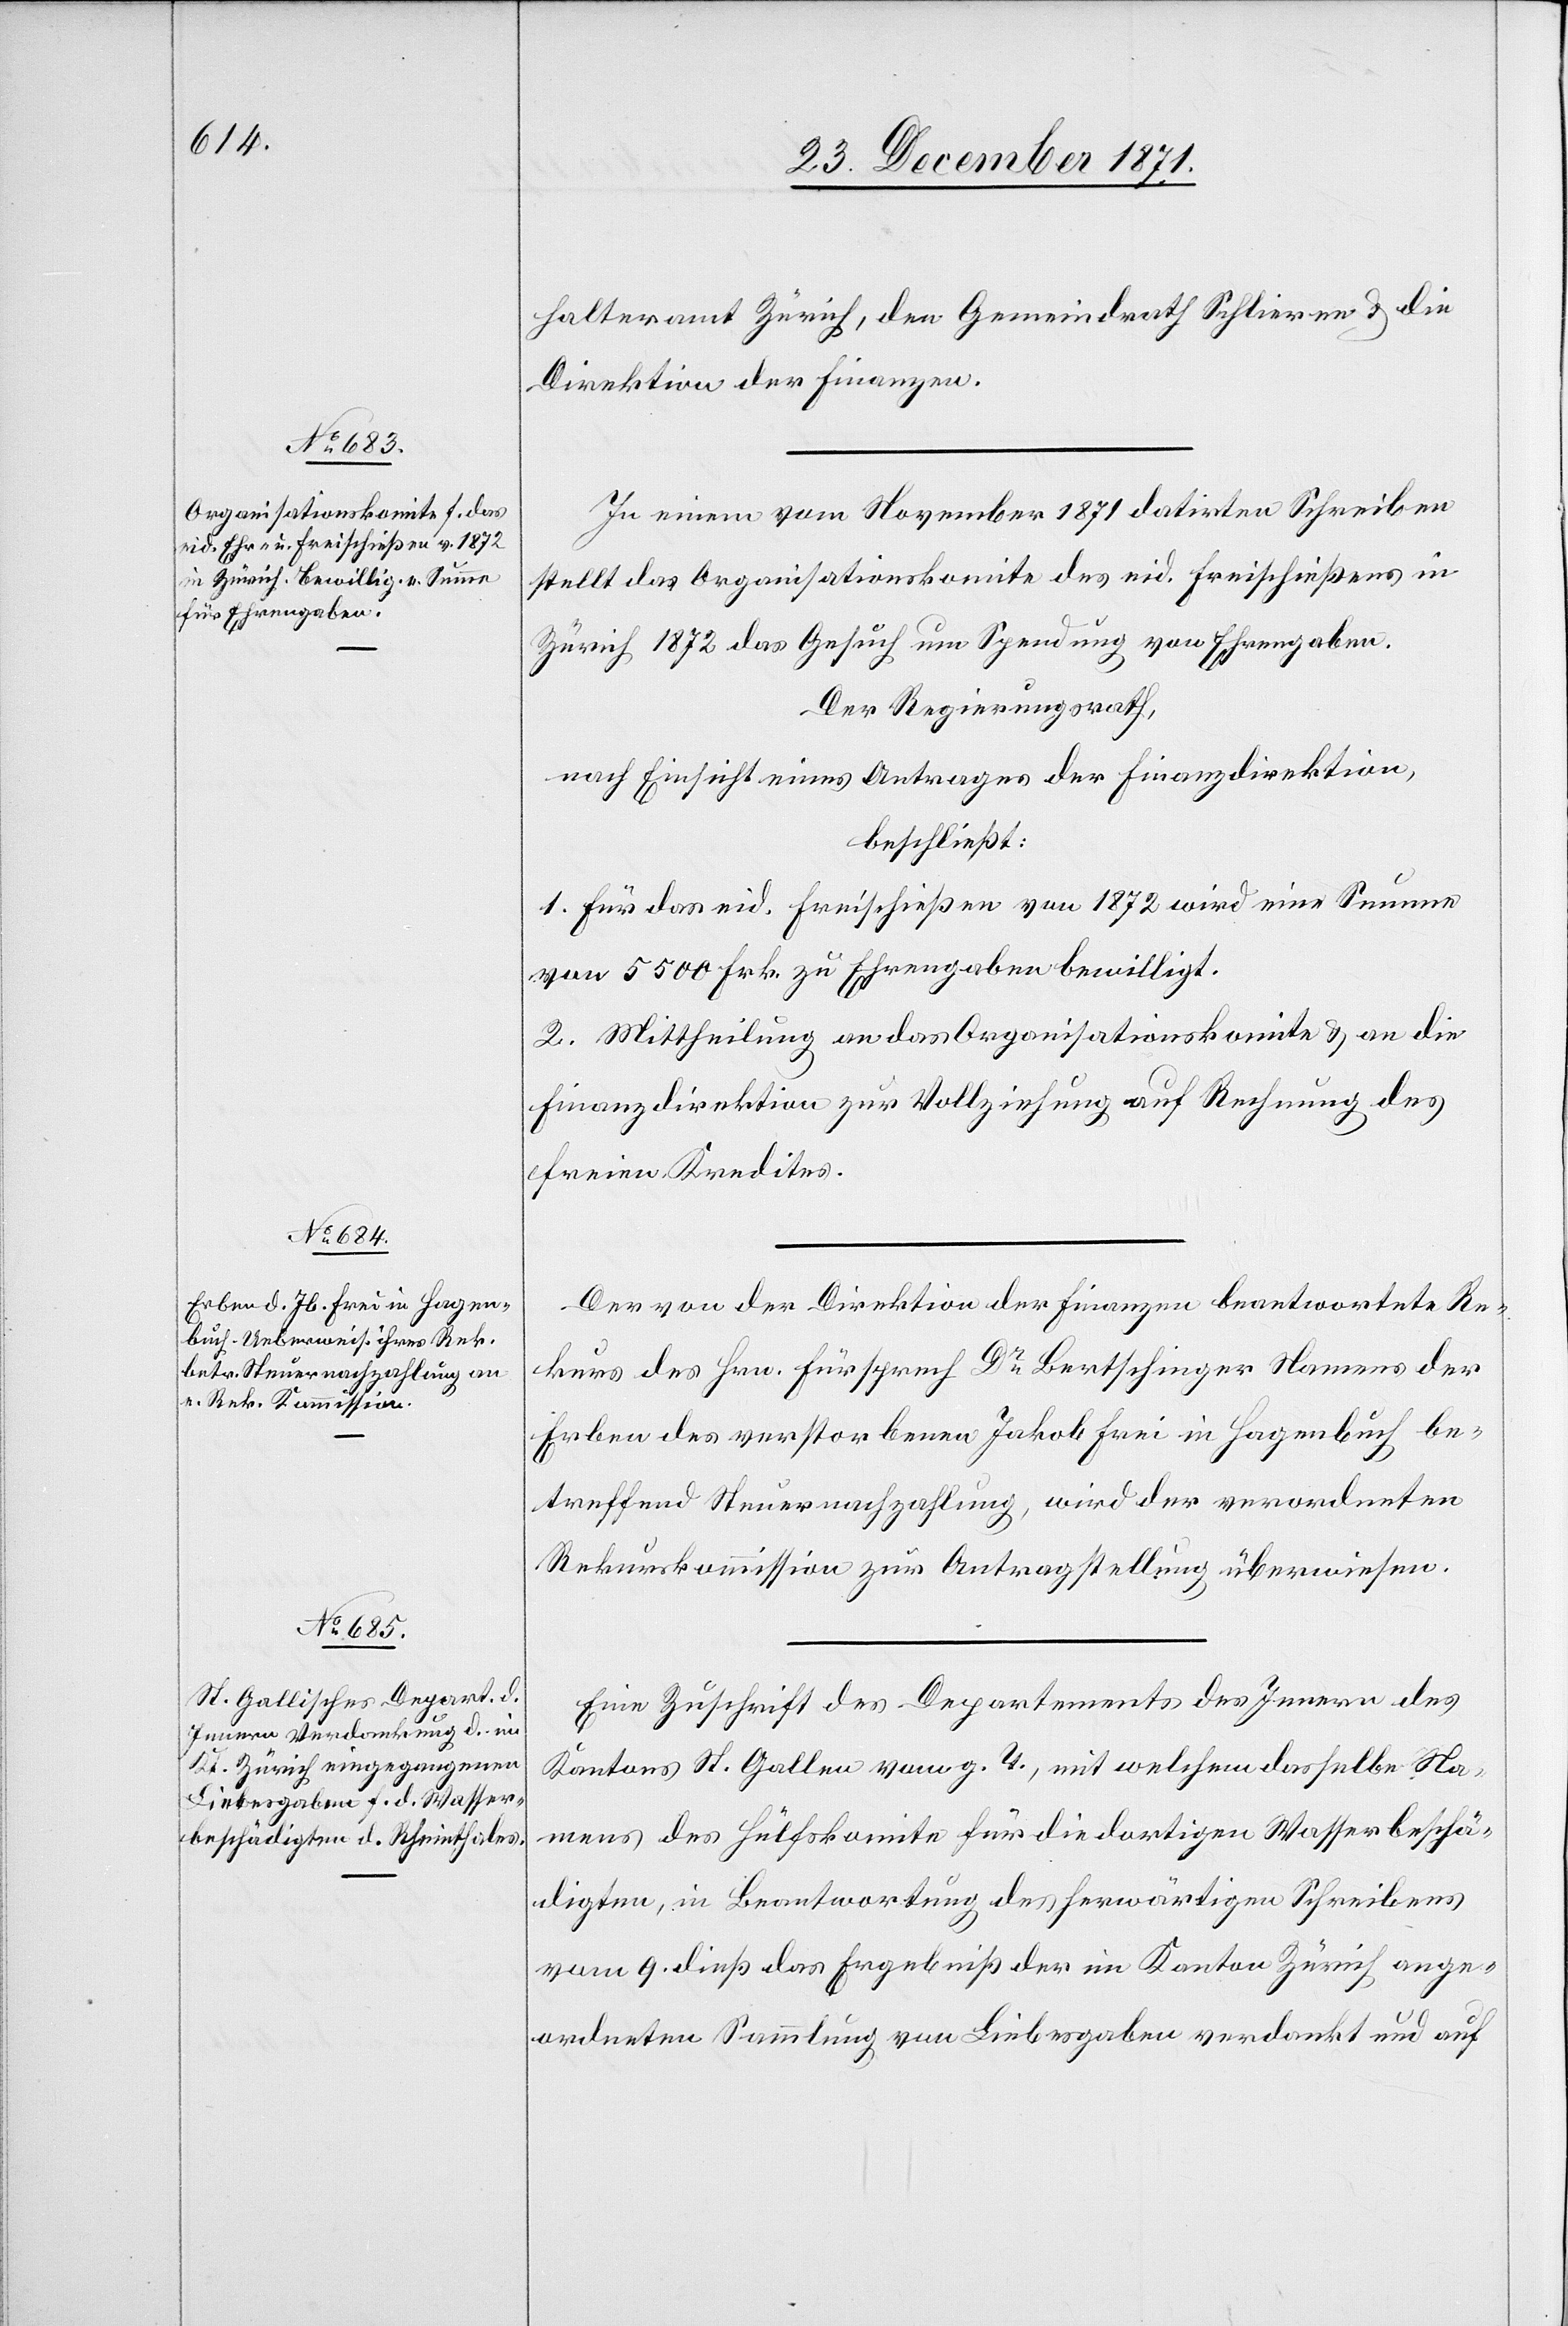
halteramt Zürich, den Gemeindrath Schlieren & die
Direktion der Finanzen.
In einem vom November 1871 datirten Schreiben
stellt das Organisationskomite des eid. Freischießens in
Zürich 1872 das Gesuch um Spendung von Ehrengaben.
Der Regierungsrath,
nach Einsicht eines Antrages der Finanzdirektion,
beschließt:
1. Für das eid. Freischießen von 1872 wird eine Summe
von 5500 Frk. zu Ehrengaben bewilligt.
2. Mittheilung an das Organisationskomite & an die
Finanzdirektion zur Vollziehung auf Rechnung des
freien Kredites.
Der von der Direktion der Finanzen beantwortete Re¬
kurs des Hrn. Fürsprech Dr. Bertschinger Namens der
Erben des verstorbenen Jakob Frei in Hagenbuch be¬
treffend Steuernachzahlung, wird der verordneten
Rekurskommission zur Antragstellung überwiesen.
Eine Zuschrift des Departements des Innern des
Kantons St. Gallen vom g. T., mit welchem dasselbe Na¬
mens des Hülfskomite für die dortigen Wasserbeschä¬
digten, in Beantwortung des herwärtigen Schreibens
vom 9. dieß das Ergebniß der im Kanton Zürich ange¬
ordneten Sammlung von Liebesgaben verdankt und auf